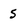
Character: s